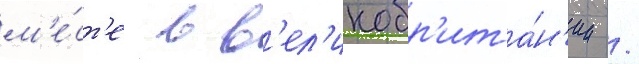
м'е́ст'е в в'ел'икобр'ита́н'ии /